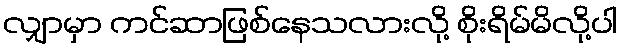
လျှာမှာ ကင်ဆာဖြစ်နေသလားလို့ စိုးရိမ်မိလို့ပါ